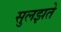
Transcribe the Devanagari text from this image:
सुलझते